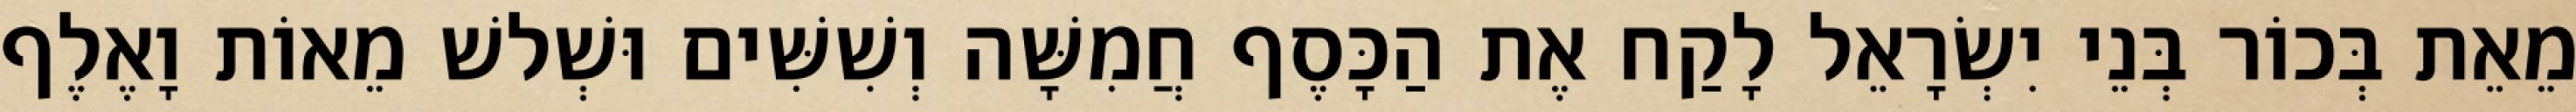
מֵאֵת בְּכוֹר בְּנֵי יִשְׂרָאֵל לָקַח אֶת הַכָּסֶף חֲמִשָּׁה וְשִׁשִּׁים וּשְׁלשׁ מֵאוֹת וָאֶלֶף